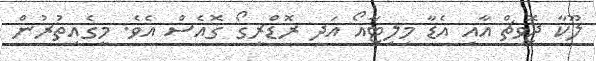
ލޫކާ ޖޮވިޗް އާއި އެޑާ މިލިޓާއޯ އަދި ރޮޑްރީގޯ ގޮއެސް އެވެ. މީގެއިތުރުން